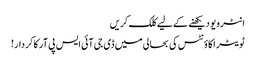
انٹرویو دیکھنے کے لیے کلک کریں
ٹویٹر اکاؤنٹس کی بحالی میں‌ ڈی جی آئی ایس پی آر کا کردار!